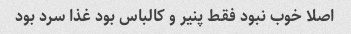
اصلا خوب نبود فقط پنیر و کالباس بود غذا سرد بود